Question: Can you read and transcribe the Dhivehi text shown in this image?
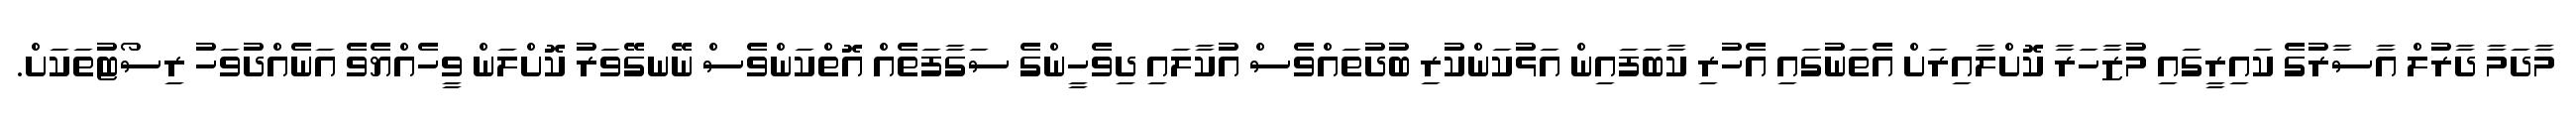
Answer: މާދަމާ ދާރުލް އާސާރުގެ ކައިރީގައި މުޒާހަރާ ކޮށްލާއިރަށް އެތަނުގައި އެހުރި ކާބަފައިން އަޅުކަންކުރި ބުދުތައްވެސް އުކާލައި ދިވެހީންގެ ސަގާފަތެއް އޮތްކަންވެސް ނޭނގޭވަރު ކޮށްލަން ވީހެއްޔެވެ އަނެއްދުވަހު ރިސޯޓުތަކަށް.